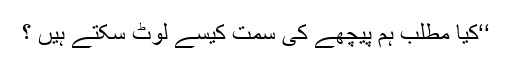
‘‘کیا مطلب ہم پیچھے کی سمت کیسے لوٹ سکتے ہیں ؟